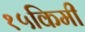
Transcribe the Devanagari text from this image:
१५किमी